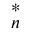
^ * _ { n }